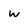
Character: w